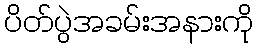
ပိတ်ပွဲအခမ်းအနားကို